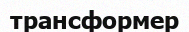
трансформер